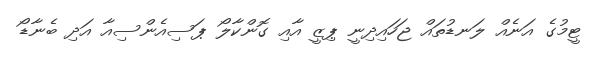
ޓީމުގެ އަނެއް ލަނޑުތައް ޖަހައިދިނީ ޕިޒީ އާއި ގޮންކާލޯ ޕަސިއެންސިއާ އަދި ބެނާޑޯ